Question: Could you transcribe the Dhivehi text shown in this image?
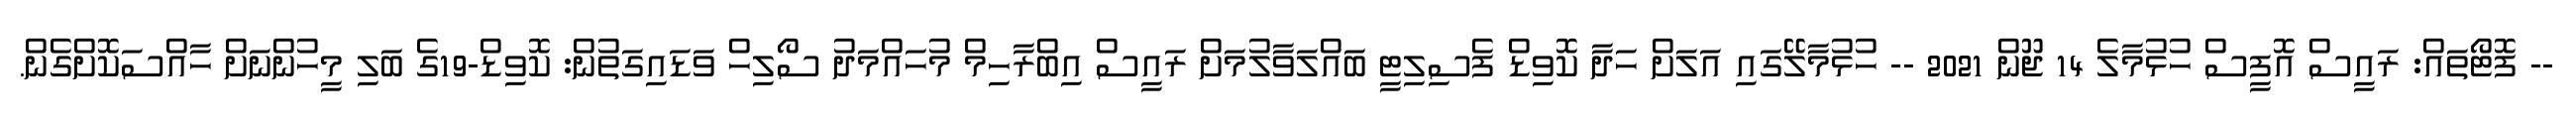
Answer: -- ފޮޓޯތައް: ރައީސް އޮފީސް ހުޅުމާލެ 14 ޖޫން 2021 -- ހުޅުމާލޭގައި އަލަށް ހަދާ ކޮވިޑް ފެސިލިޓީ ބައްލަވާލުމަށް ރައީސް އިބްރާހިމް މުހައްމަދު ސޯލިހް ވަޑައިގަތުން: ކޮވިޑް-19ގެ ބަލި މީހުންނަށް ހާއްސަކޮށްގެން.